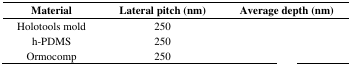
<table><thead><tr><td><b>Material</b></td><td><b>Lateral pitch (nm)</b></td><td><b>Average depth (nm)</b></td></tr></thead><tbody><tr><td>Holotools mold</td><td>250</td><td>[EMPTY_CELL]</td></tr><tr><td>h-PDMS</td><td>250</td><td>[EMPTY_CELL]</td></tr><tr><td>Ormocomp</td><td>250</td><td>[EMPTY_CELL]</td></tr></tbody></table>